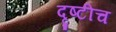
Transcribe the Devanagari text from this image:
दृष्टीच